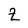
Character: Z